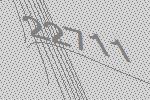
22711